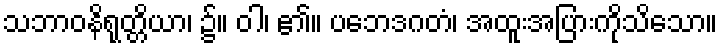
သဘာဝနိရုတ္တိယာ၊ ၌။ ဝါ၊ ၏။ ပဘေဒဂတံ၊ အထူးအပြားကိုသိသော။